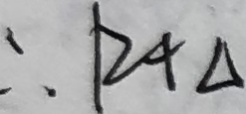
\therefore R t \Delta